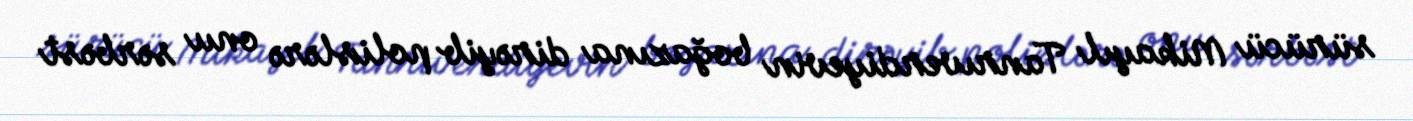
sürücü Mikayıl Tanrıverdiyevin boğazına dirəyib polislərə onu sərbəst